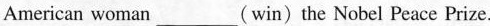
American woman ___ (win) the Nobel Peace Prize.